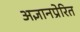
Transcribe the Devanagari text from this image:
अज्ञानप्रेरित